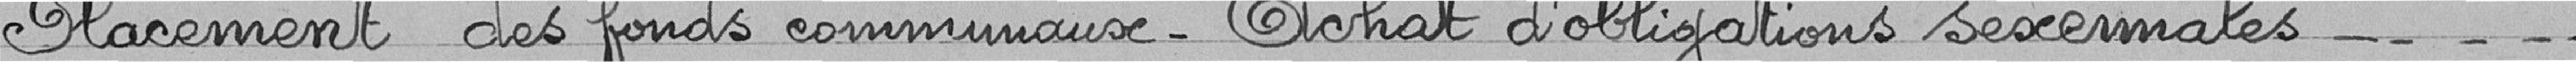
Placement des fonds communaux - Achat d'obligations sexemales -------